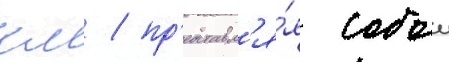
км / пр'едставл'я́я собои